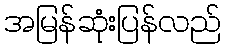
အမြန်ဆုံးပြန်လည်